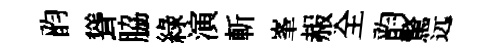
韵聳脇綠演斬峯赧全韵驚远